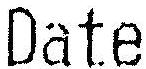
DATE